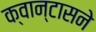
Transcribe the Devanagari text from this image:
क्वान्टासने